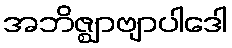
အဘိဇ္ဈာဗျာပါဒေါ